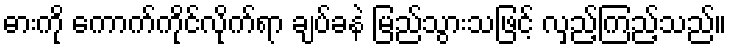
ဓားကို ကောက်ကိုင်လိုက်ရာ ချပ်ခနဲ မြည်သွားသဖြင့် လှည့်ကြည့်သည်။